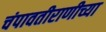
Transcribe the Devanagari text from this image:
चंपावतीराणीच्या